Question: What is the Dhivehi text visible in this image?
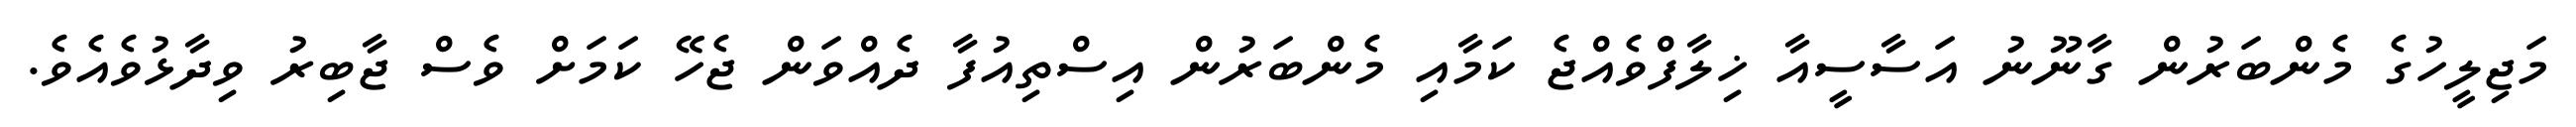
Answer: މަޖިލީހުގެ މެންބަރުން ގާނޫނު އަސާސީއާ ޚިލާފްވެއްޖެ ކަމާއި މެންބަރުން އިސްތިއުފާ ދެއްވަން ޖެހޭ ކަމަށް ވެސް ޖާބިރު ވިދާޅުވެއެވެ.